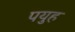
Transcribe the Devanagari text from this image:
पयुह